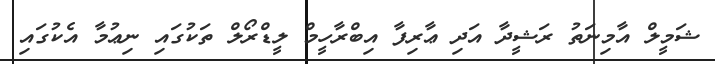
ޝަމީލް އާމިނަތު ރަޝީދާ އަދި ޢާރިފާ އިބްރާހީމް ލީޑްރޯލް ތަކުގައި ނިޢުމާ އެކުގައި